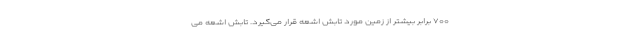
۷۰۰ برابر بیشتر از زمین مورد تابش اشعه قرار می‌گیرد. تابش اشعه می